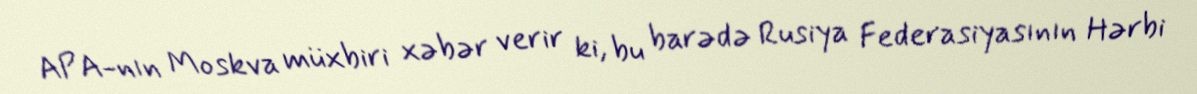
APA-nın Moskva müxbiri xəbər verir ki, bu barədə Rusiya Federasiyasının Hərbi